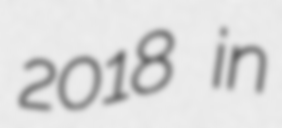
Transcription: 2018 in